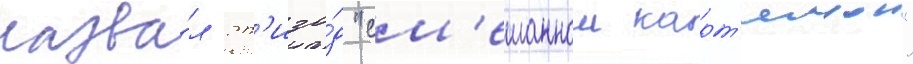
назва́л эп'изо́д "см'ешаннои карт'инои"